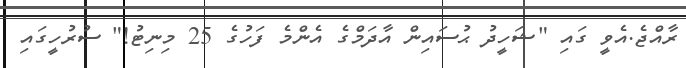
ރާއްޖެ.އެވީ ގައި "ޝަހީދު ޙުސައިން އާދަމްގެ އެންމެ ފަހުގެ 25 މިނިޓު!" ސުރުހީގައި